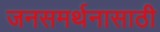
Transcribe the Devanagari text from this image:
जनसमर्थनासाठी